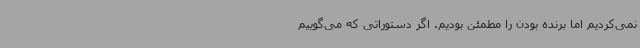
نمی‌کردیم اما برنده بودن را مطمئن بودیم. اگر دستوراتی که می‌گوییم